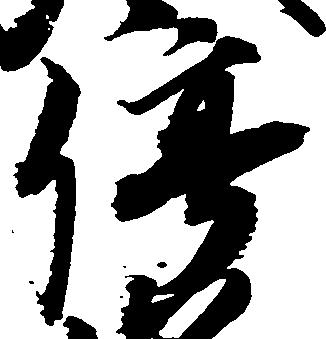
停